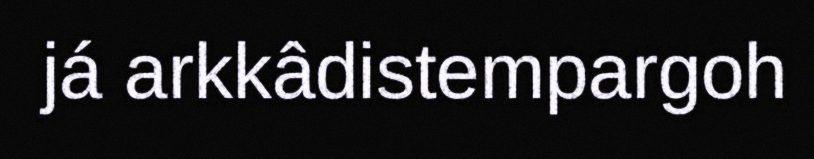
já arkkâdistempargoh